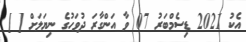
އެކު 2021 ޑިސެމްބަރު 07 ވާ އަންގާރަ ދުވަހުގެ ނިޔަލަށް [ ]